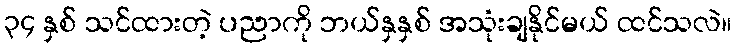
၃၄ နှစ် သင်ထားတဲ့ ပညာကို ဘယ်နှနှစ် အသုံးချနိုင်မယ် ထင်သလဲ။